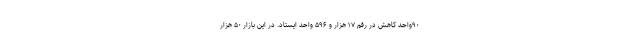
۹۰واحد کاهش در رقم ۱۷ هزار و ۵۹۶ واحد ایستاد. در این بازار ۵۰ هزار